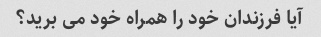
آیا فرزندان خود را همراه خود می برید؟